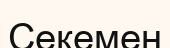
Секемен